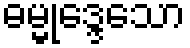
ဓမ္မုဒ္ဒေသော